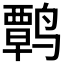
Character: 𫜃